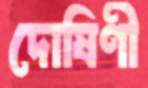
দোষিণী